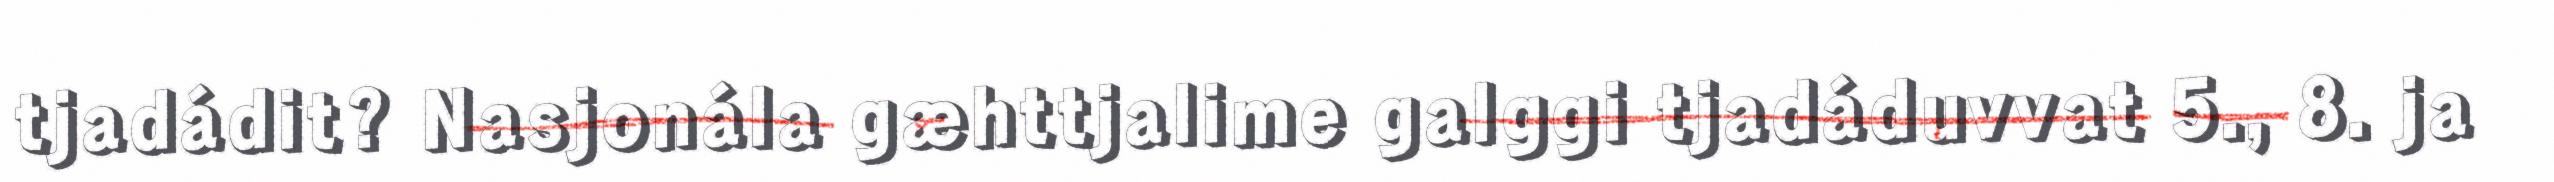
tjadádit? Nasjonála gæhttjalime galggi tjadáduvvat 5., 8. ja